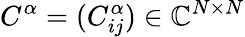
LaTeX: C^{\alpha}=(C_{ij}^{\alpha})\in\mathbb{C}^{N\times N}